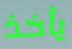
يأخذ